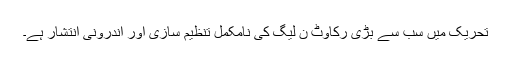
تحریک میں سب سے بڑی رکاوٹ ن لیگ کی نامکمل تنظیم سازی اور اندرونی انتشار ہے۔